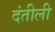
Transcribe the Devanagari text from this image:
दंतीली